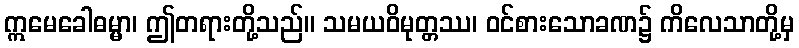
ဣမေခေါဓမ္မာ၊ ဤတရားတို့သည်။ သမယဝိမုတ္တဿ၊ ဝင်စားသောခဏ၌ ကိလေသာတို့မှ